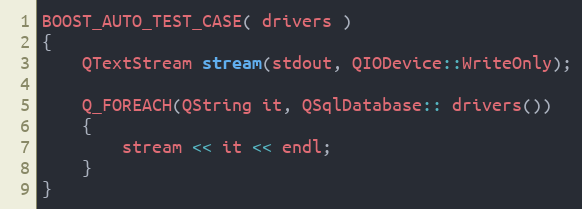
Language: C++
BOOST_AUTO_TEST_CASE( drivers )
{
    QTextStream stream(stdout, QIODevice::WriteOnly);

    Q_FOREACH(QString it, QSqlDatabase:: drivers())
    {
        stream << it << endl;
    }
}